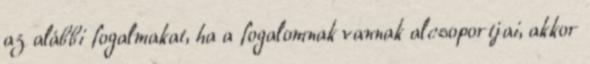
az alábbi fogalmakat, ha a fogalomnak vannak alcsoportjai, akkor